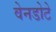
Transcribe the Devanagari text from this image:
वेनडोटे